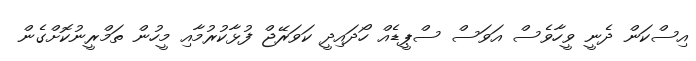
އިސްކަން ދެނީ ވީހާވެސް އަވަސް ސްޕީޑެއް ހޯދައިދީ ކަވަރޭޖް ފުޅާކުރުމާއި މީހުން ތަމްރީނުކޮށްގެން